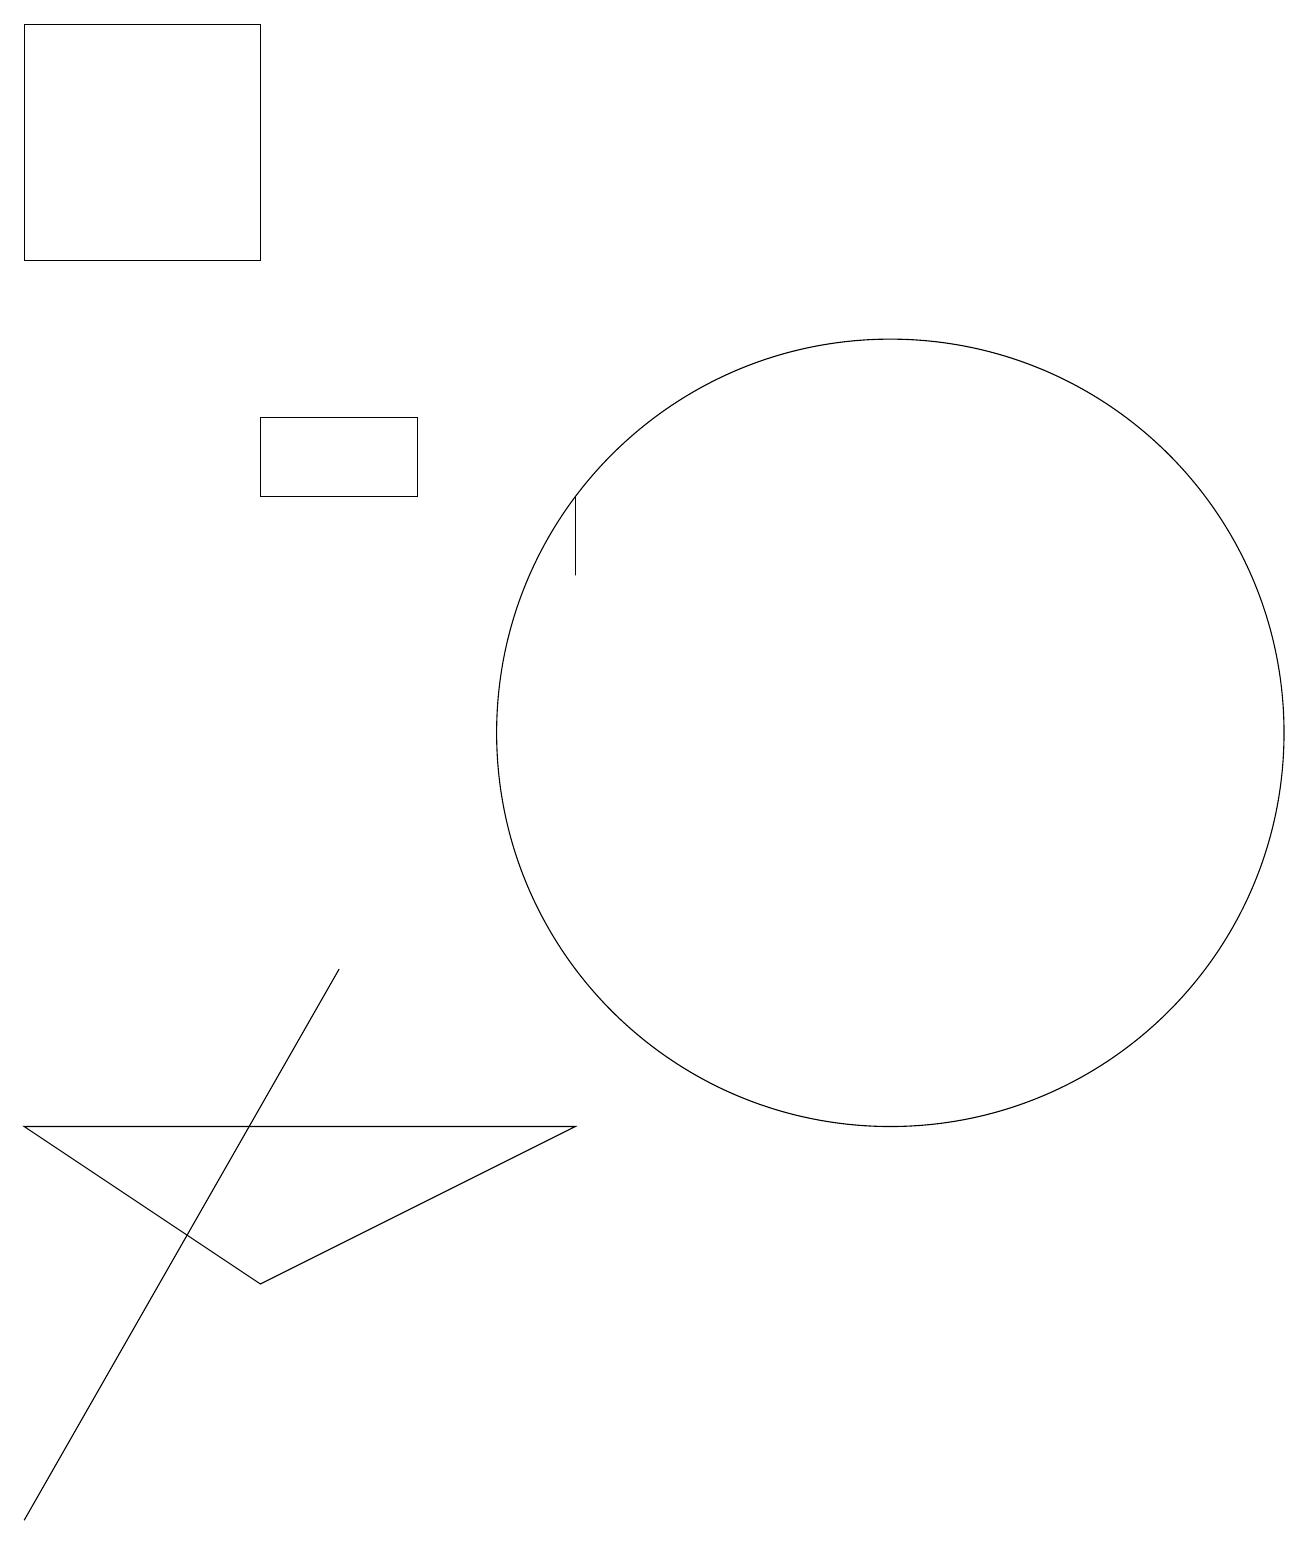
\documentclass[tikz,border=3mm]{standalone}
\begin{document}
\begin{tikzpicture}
\draw (0,0) -- (4,7) -- (0,0) -- cycle;
\draw (3,13) rectangle (5,14);
\draw (7,12) rectangle (7,13);
\draw (3,16) rectangle (0,19);
\draw (11,10) circle (5);
\draw (0,5) -- (7,5) -- (3,3) -- cycle;
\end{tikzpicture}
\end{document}